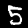
Label: 5